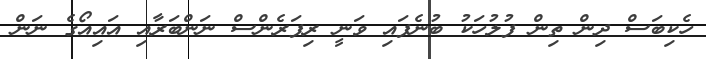
ހެކިބަސް ދިން ތިން ފުލުހަކު ބުނެފައި ވަނީ ރިފަރެންސް ނަންބަރާއި އައިއޯގެ ނަން